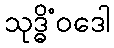
သုဒ္ဓိံဝဒေါ